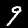
Label: 9